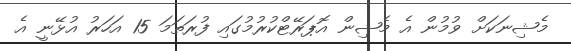
މެޝިނަކަށް ވުމުން އެ މެޝިން އޮޕަރޭޓްކުރުމުގައި ފުރަތަމަ 15 އަހަރު އުޅޭނީ އެ